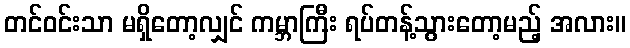
တင်ဝင်းသာ မရှိတော့လျှင် ကမ္ဘာကြီး ရပ်တန့်သွားတော့မည့် အလား။